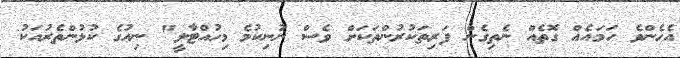
އެހެންވެ ހަމައެއް ގޮތެއް ނެތިގެން ފަރިތަކުރުންތަކަށް ވެސް ނުނިކުމެ މިހުއްޓާލީ" ނިއުގެ ކުޅުންތެރުއަކު